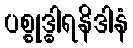
ပစ္စုဒ္ဓါရနိဒါနံ